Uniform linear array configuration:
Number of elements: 32
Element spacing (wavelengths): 0.5
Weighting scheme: kaiser
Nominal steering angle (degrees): -60
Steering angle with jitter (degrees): -59.114
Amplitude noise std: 0.05
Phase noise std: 0.05

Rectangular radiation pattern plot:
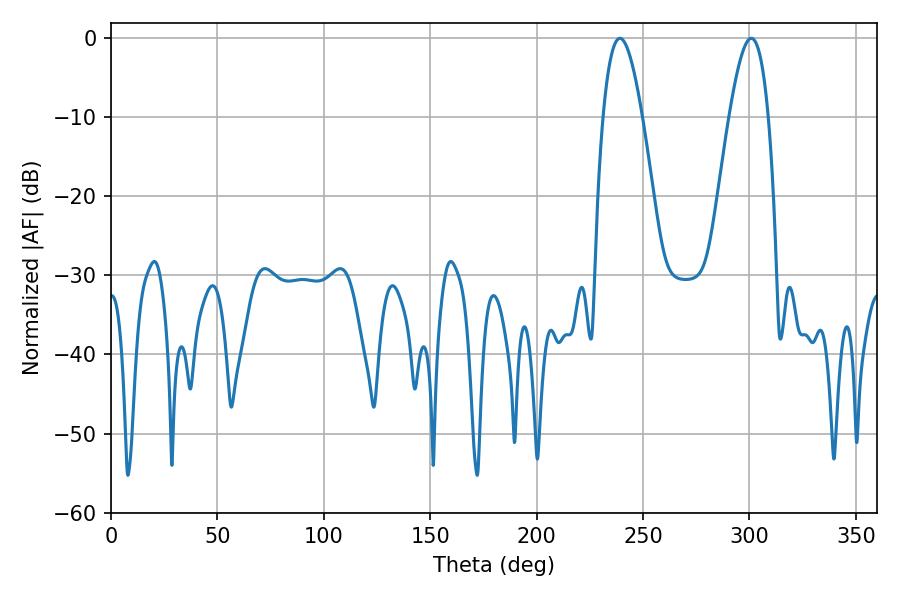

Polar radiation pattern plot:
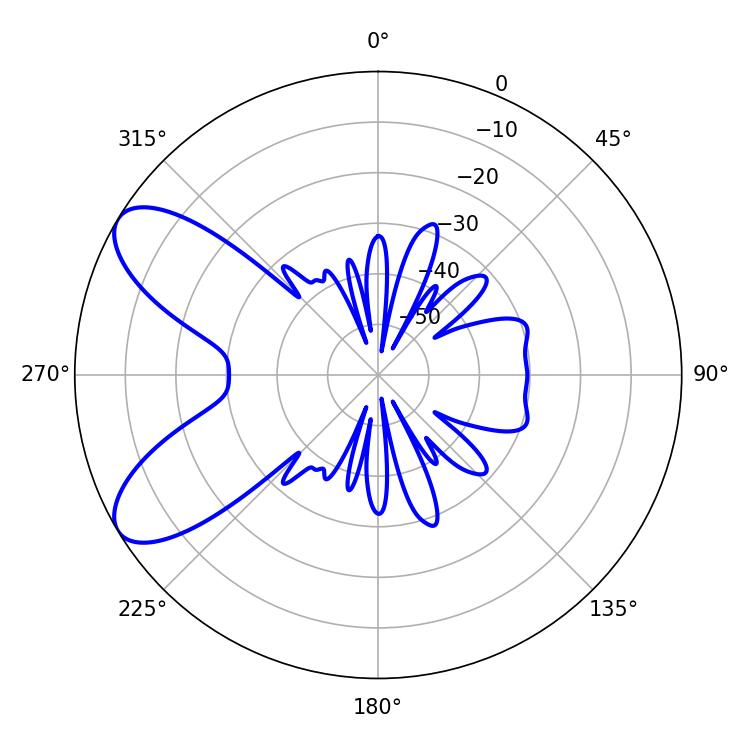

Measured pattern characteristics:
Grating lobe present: FALSE
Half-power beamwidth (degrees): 9.9
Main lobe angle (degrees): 239.04